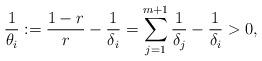
LaTeX: \begin{align*}\frac1{\theta_i}:= \frac{1-r}r-\frac1{\delta_i} =\sum_{j=1}^{m+1} \frac1{\delta_j}-\frac1{\delta_i}>0,\end{align*}